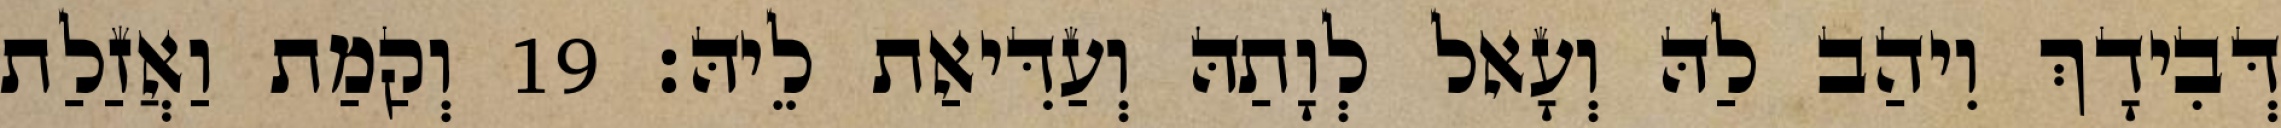
דְּבִידָךְ וִיהַב לַהּ וְעָאל לְוָתַהּ וְעַדִּיאַת לֵיהּ׃ 19 וְקַמַת וַאֲזַלַת